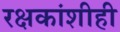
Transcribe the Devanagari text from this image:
रक्षकांशीही